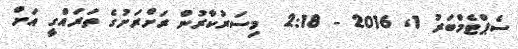
ސެޕްޓެމްބަރު 1